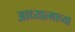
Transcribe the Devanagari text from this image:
आध्यात्माच्या